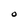
Character: O